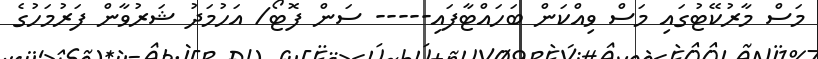
މަސް މާރުކޭޓުގައި މަސް ވިއްކަން ބަހައްޓާފައި----- ސަން ފޮޓޯ/ އަހުމަދު ޝަރުވާން ފަރުމަހުގެ